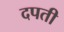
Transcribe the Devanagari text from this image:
दपती